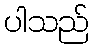
ပါသည်